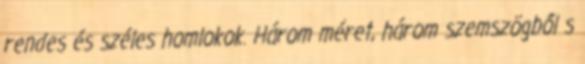
rendes és széles homlokok. Három méret, három szemszögből s